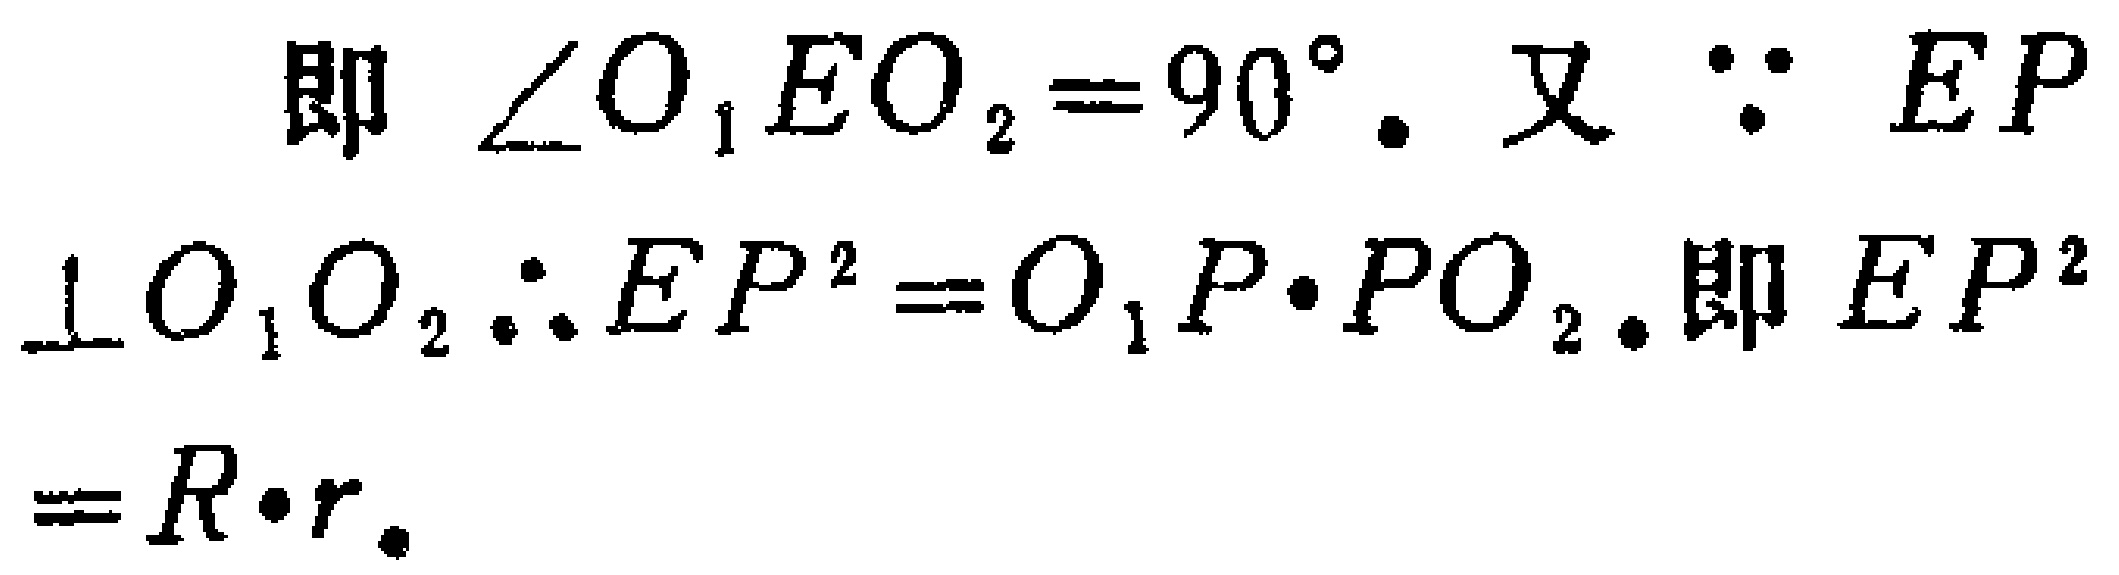
即 $\angle O_{1}EO_{2}=90^{\circ}$. 又 $\because EP\perp O_{1}O_{2}\therefore EP^{2}=O_{1}P\cdot PO_{2}$.即 $EP^{2}=R\cdot r$.